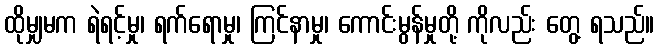
ထိုမျှမက ရဲရင့်မှု၊ ရက်ရောမှု၊ ကြင်နာမှု၊ ကောင်းမွန်မှုတို့ ကိုလည်း တွေ့ ရသည်။